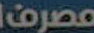
مصرف